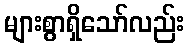
များစွာရှိသော်လည်း